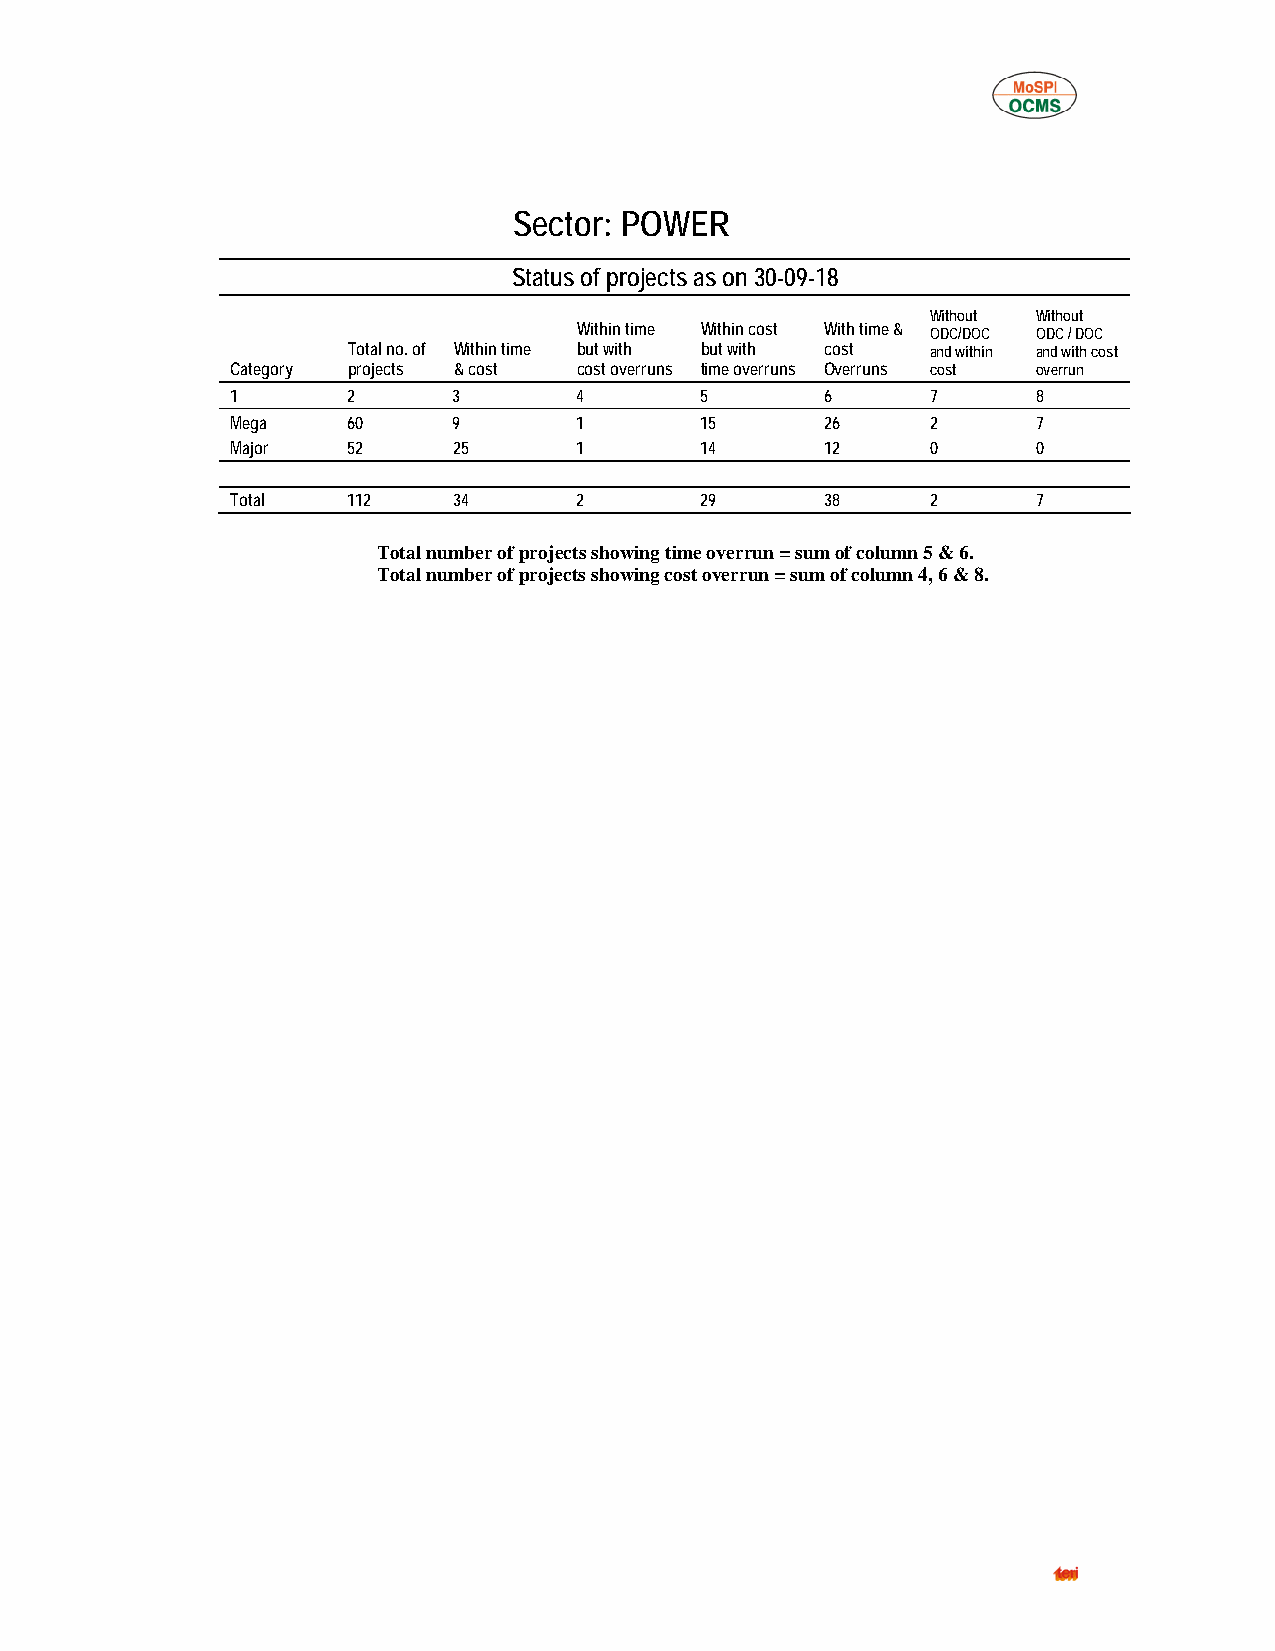
Sector: POWER
 Status of projects as on 30-09-18
 Without Without
 Within time Within cost With time & ODC/DOC ODC / DOC
 Total no. of Within time but with but with cost and within and with cost
 Category projects & cost cost overruns time overruns Overruns cost overrun
 1       2      3       4       5        6      7      8
 Mega    60     9       1       15       26     2      7
 Major   52     25      1       14       12     0      0
 Total   112    34      2       29       38     2      7
 Total number of projects showing time overrun = sum of column 5 & 6.
 Total number of projects showing cost overrun = sum of column 4, 6 & 8.